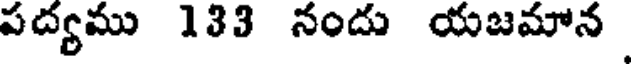
పద్యము 133 నందు యజమాన